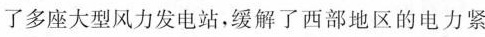
了多座大型风力发电站，缓解了西部地区的电力紧